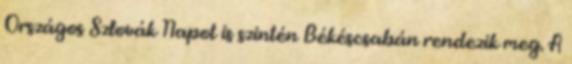
Országos Szlovák Napot is szintén Békéscsabán rendezik meg. A